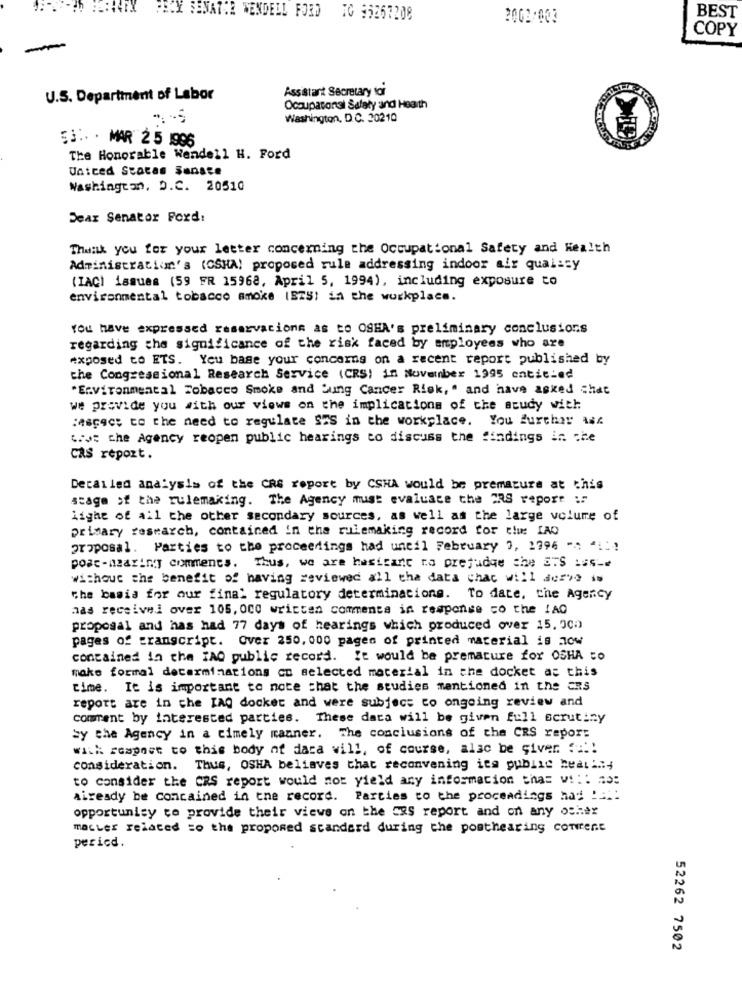
PECY SENATIE WENDELL FORD TO 95267208
2002-003
BEST
COPY
Assistant Secretary toi
U.S. Department of Labor
Occupational Safety and Health
Washington, D.C. 20210
53 .. . MAR 2 5 1996
The Honorable Wendell H. Ford
United States Sanste
Washington, D.C. 20510
Dear Senator Ford:
Thank you for your letter concerning the Occupational Safety and Health
Administration's (CSHA! proposed rule addressing indoor air quality
(IAC) issues (59 FR 15968, April 5, 1994), including exposure to
environmental tobacco smoke (SZS) in the workplace.
You have expressed reservations as to OSHA's preliminary conclusions
regarding the significance of the risk faced by employees who are
exposed to ETS. You base your concerns on a recent report published by
the Congressional Research Service (CRS) in November 1995 entitled
"Environmental Tobacco Smoke and Lung Cancer Risk, " and have asked chat
we provide you with our views on the implications of the study with
:Ascac; to the need to regulate STS in the workplace. You Surchar wsc
tive che Agency reopen public hearings to discuss the findings in che
CAS report.
Detailed analysis of the CRS report by CSHA would be premature at this
stage of the rulemaking. The Agency must evaluate the TAS report :"
light of all the other secondary sources, as well as the large volume of
primary research, contained in the rulemaking record for the IAQ
proposal. Parties to the proceedings had uneil February 0, 1796 1 *1
post-mearing comments. Thus, we are hesitant to prefudge the ETS is
without the benefit of having reviewed all the data chac will desves
the basis for our final regulatory determinacione. To date, the Agency
nas received over 105, 000 written commenta in response co the IAC
proposal and has had 77 days of hearings which produced over 15, 500
pages of transcript. Over 250,000 pages of printed material is now
contained in the IAO public record. It would be premature for OSHA to
make formal determinations co selected material in the docket as this
time. It is important to note that the studies mentioned in the ERS
report are in che [AQ docket and were subject to ongoing review and
comment by interested parties. These data will be given full scrutiny
sy the Agency in a timely manner. The conclusions of the CRS repor:
with soapnet to this body af daca will, of course, also be giver ::!!
consideration. Thus, OSHA believes that reconvening its public hearing
to consider the CRS report would not yield any informacion thas vi :: #3:
already be contained in the record. Parties to the proceedings hay !!!
opportunity to provide their views on the CRS report and on any other
master related to the proposed standard during the posthearing couvrent
pericd.
52262 7502